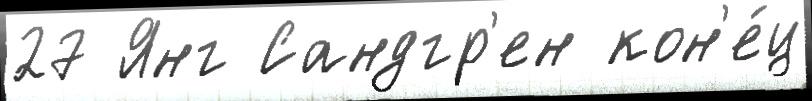
27 Янг Сандгр'ен кон'е́ц